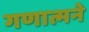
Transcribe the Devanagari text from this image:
गणात्मने